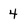
Character: 4